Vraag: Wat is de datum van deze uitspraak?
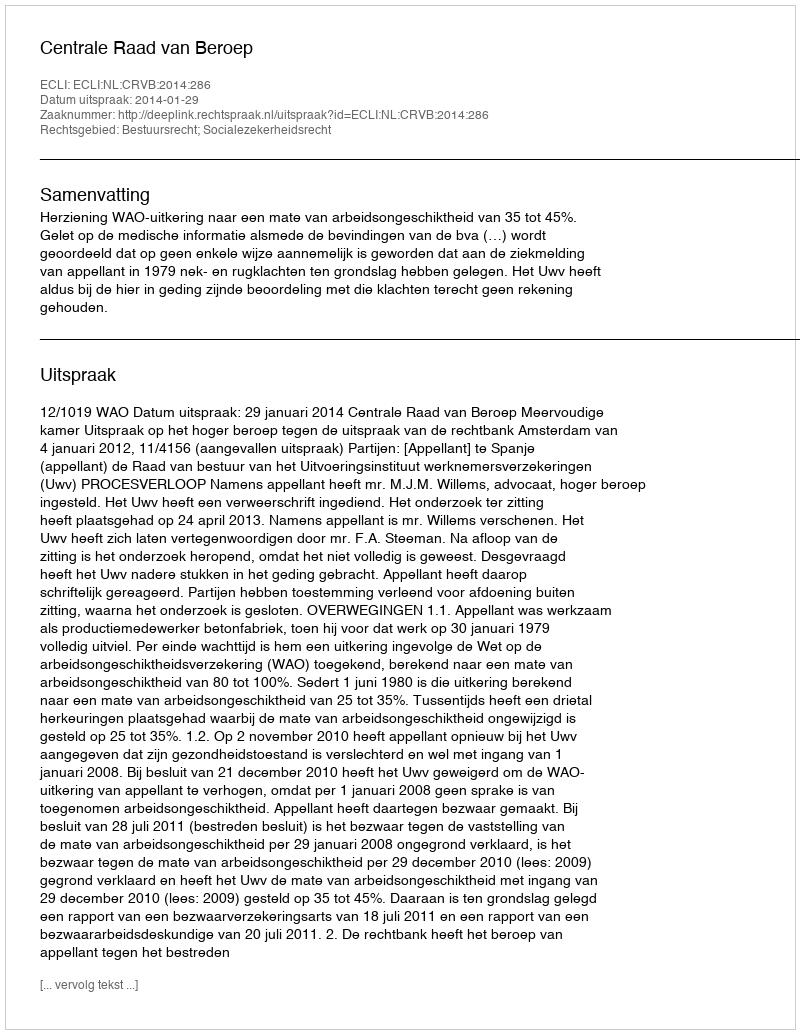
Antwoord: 2014-01-29